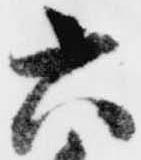
六